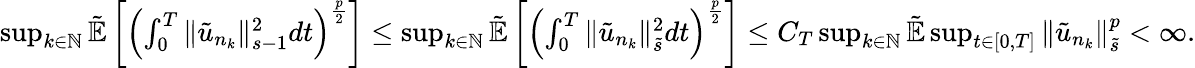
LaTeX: \begin{array}{r}{\operatorname*{sup}_{k\in\mathbb N}\tilde{\mathbb{E}}\left[\left(\int_{0}^{T}\| \tilde{u}_{n_{k}}\| _{s-1}^{2}dt\right)^{\frac{p}{2}}\right]\leq\operatorname*{sup}_{k\in\mathbb N}\tilde{\mathbb{E}}\left[\left(\int_{0}^{T}\| \tilde{u}_{n_{k}}\| _{\tilde{s}}^{2}dt\right)^{\frac{p}{2}}\right]\leq C_{T}\operatorname*{sup}_{k\in\mathbb N}\tilde{\mathbb{E}}\operatorname*{sup}_{t\in[0,T]}\| \tilde{u}_{n_{k}}\| _{\tilde{s}}^{p}<\infty.}\end{array}